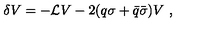
\delta V = - { \mathcal L } V - 2 ( q \sigma + { \bar { q } } { \bar { \sigma } } ) V \ ,